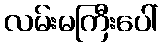
လမ်းမကြီးပေါ်